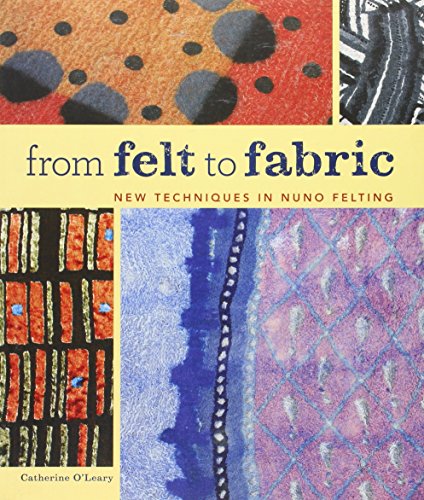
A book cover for From Felt to Fabric: New Techniques in Nuno Felting; Catherine O'Leary; Crafts, Hobbies & Home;